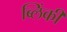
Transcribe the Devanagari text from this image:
ब्लिंकी